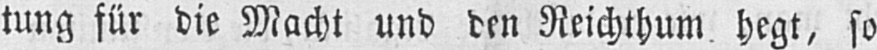
tung für die Macht und den Reichthum hegt, so